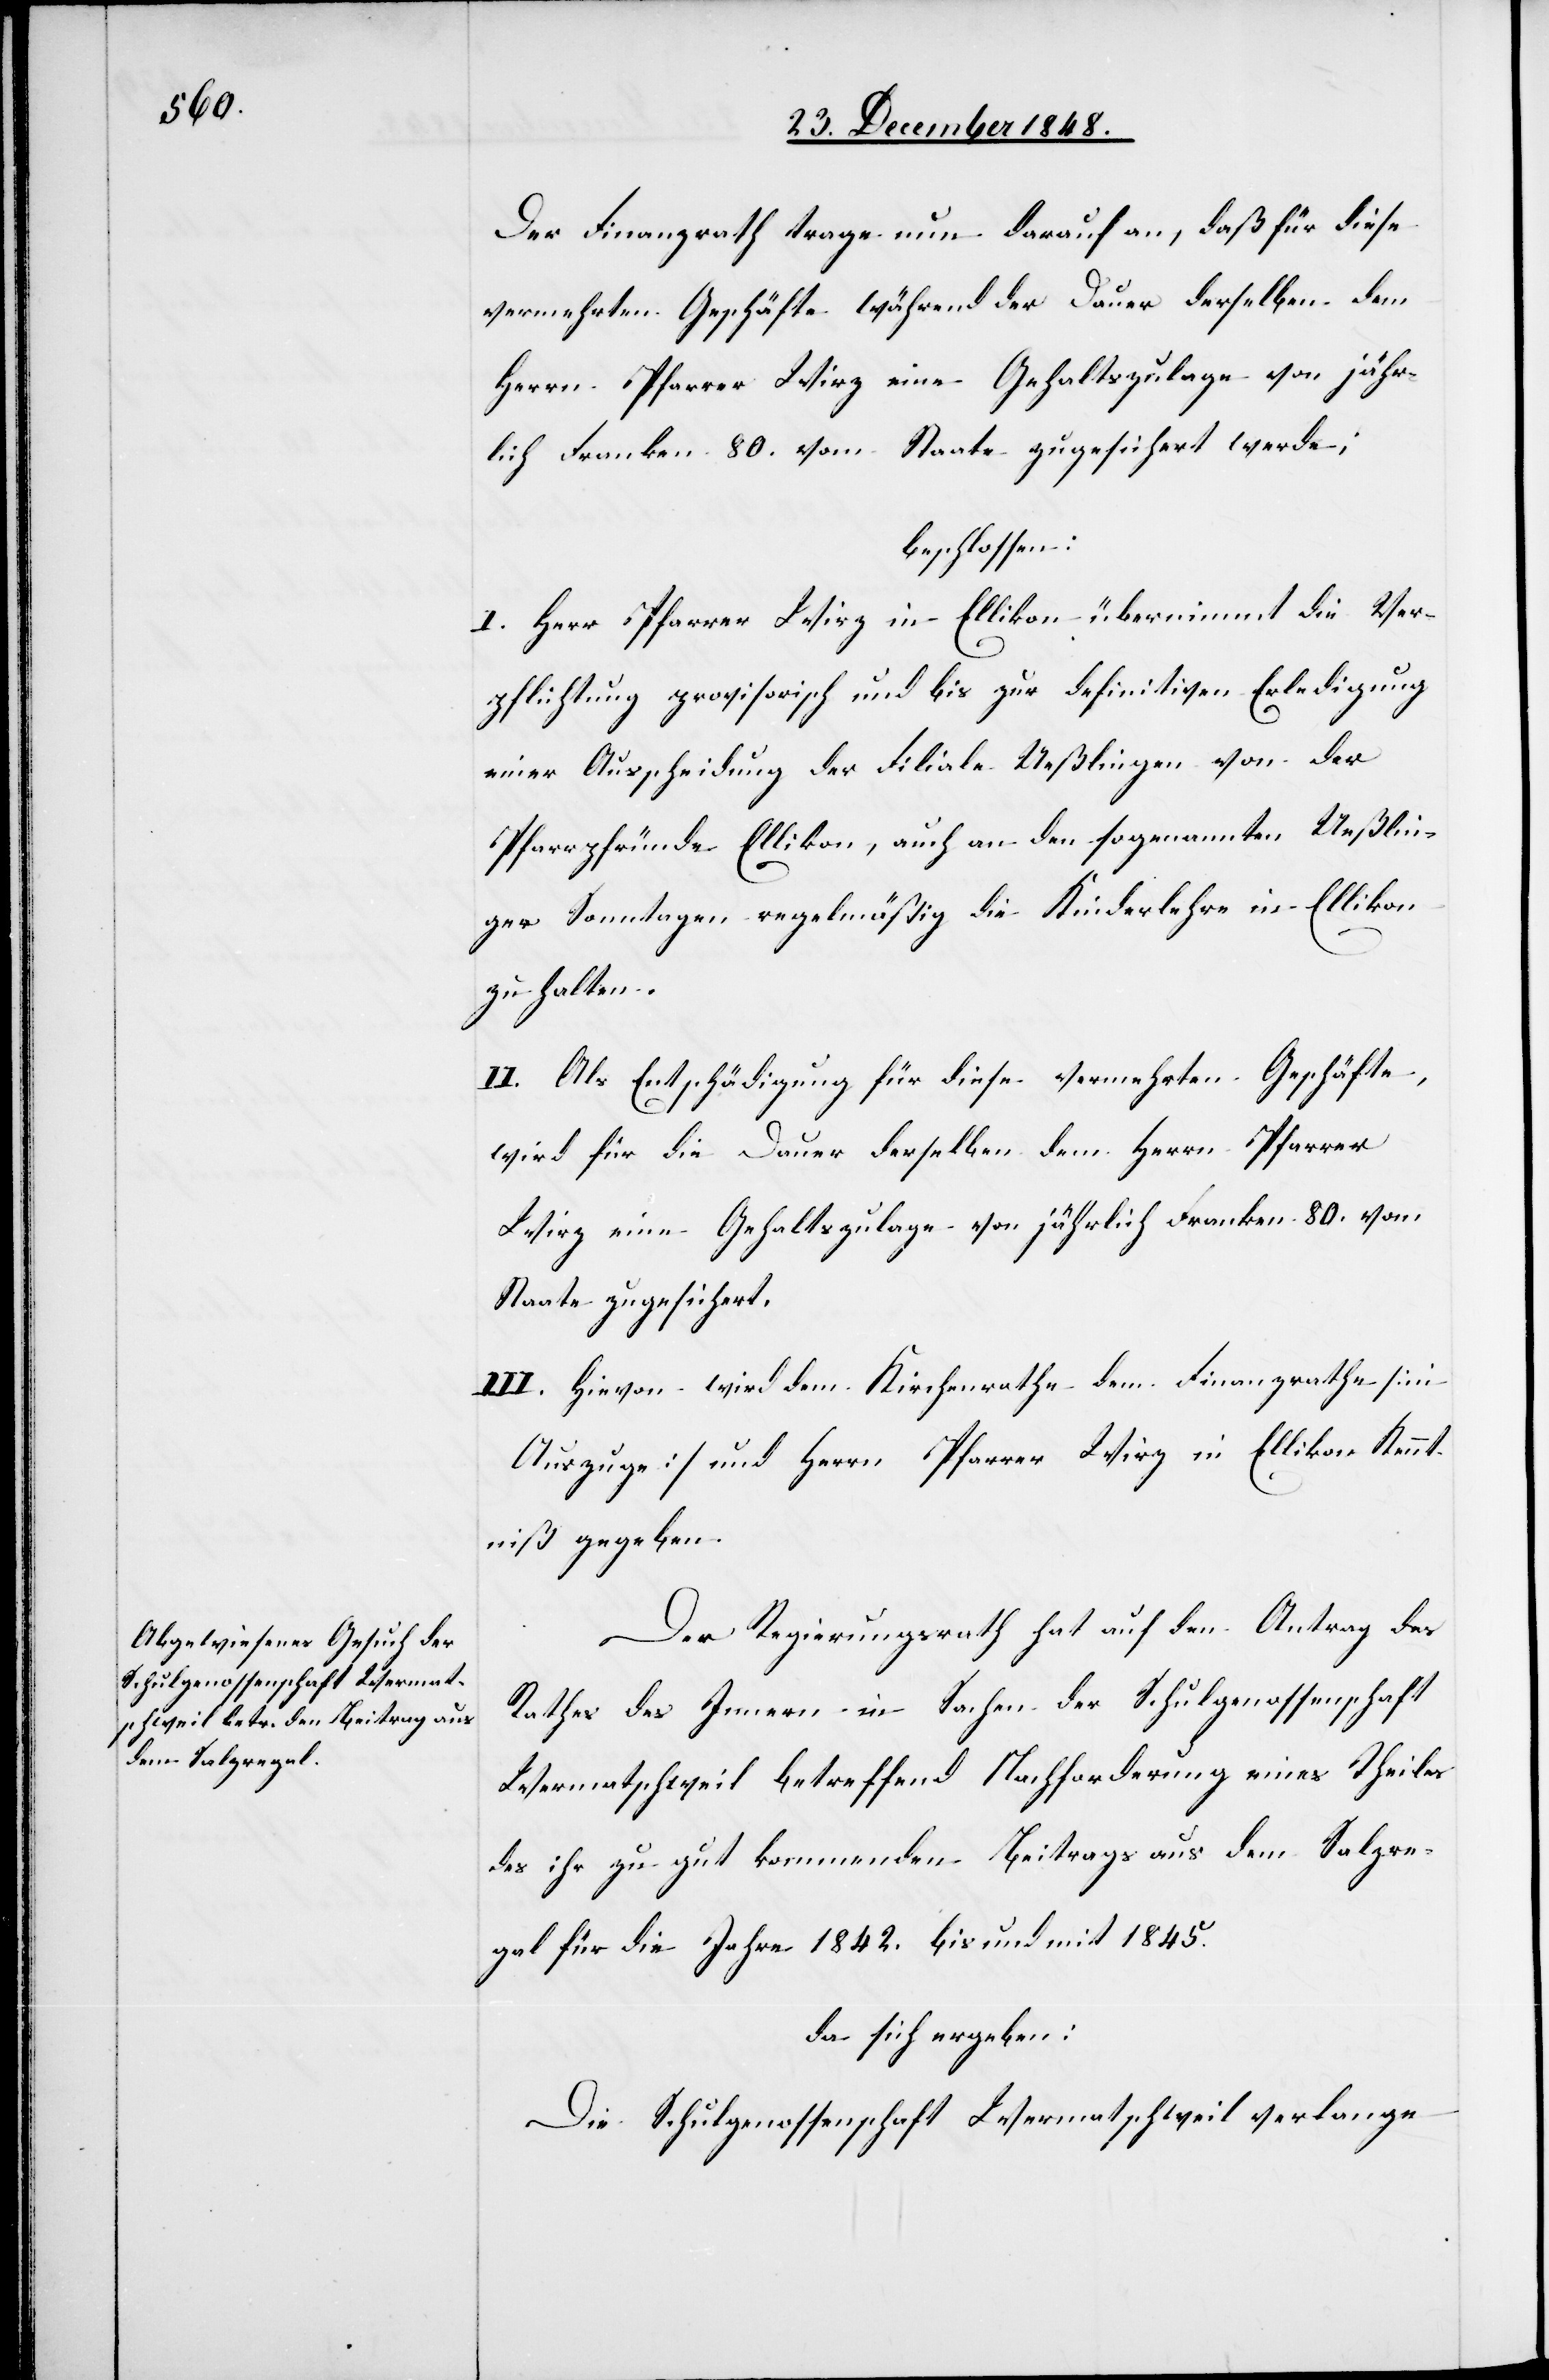
Der Finanzrath trage nun darauf an, daß für diese
vermehrten Geschäfte während der Dauer derselben dem
Herrn Pfarrer Wirz eine Gehaltszulage von jähr¬
lich Franken 80. vom Staate zugesichert werde;
beschlossen:
I. Herr Pfarrer Wirz in Ellikon übernimmt die Ver¬
pflichtung provisorisch und bis zur definitiven Erledigung
einer Ausscheidung der Filiale Ueßlingen von der
Pfarrpfründe Ellikon, auch an den sogenannten Ueßlin¬
ger Sonntagen regelmäßig die Kinderlehre in Ellikon
zu halten.
II. Als Entschädigung für diese vermehrten Geschäfte,
wird für die Dauer derselben dem Herrn Pfarrer
Wirz eine Gehaltszulage von jährlich Franken 80 vom
Staate zugesichert.
III. Hievon wird dem Kirchenrathe dem Finanzrathe [in
Auszuge] und Herrn Pfarrer Wirz in Ellikon Kennt¬
niß gegeben.
Der Regierungsrath hat auf den Antrag des
Rathes des Innern in Sachen der Schulgenossenschaft
Wermatschweil betreffend Nachforderung eines Theiles
des ihr zu gut kommenden Beitrages aus dem Salzre¬
gal für die Jahre 1842. bis und mit 1845.
Da sich ergeben:
Die Schulgenossenschaft Wermatschweil verlange